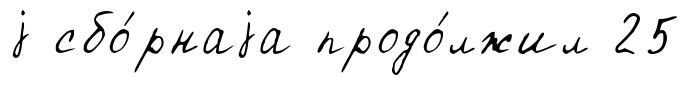
j сбо́рнаjа продо́лжил 25